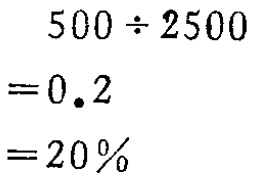
\[

\begin{align*}

500\div2500&=0.2\\

&=20\%

\end{align*}

\]